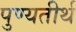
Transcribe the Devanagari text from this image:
पुण्यतीर्थ